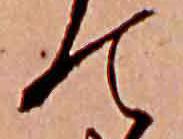
て